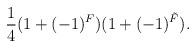
LaTeX: \begin{align*}\frac{1}{4}(1+(-1)^{F})(1+(-1)^{\tilde{F}}).\end{align*}